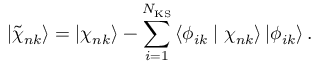
\left| \tilde { \chi } _ { n k } \right\rangle = \left| \chi _ { n k } \right\rangle - \sum _ { i = 1 } ^ { N _ { \mathrm { K S } } } \left\langle \phi _ { i k } \mid \chi _ { n k } \right\rangle \left| \phi _ { i k } \right\rangle .